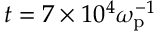
t = 7 \times 1 0 ^ { 4 } \omega _ { \mathrm { p } } ^ { - 1 }